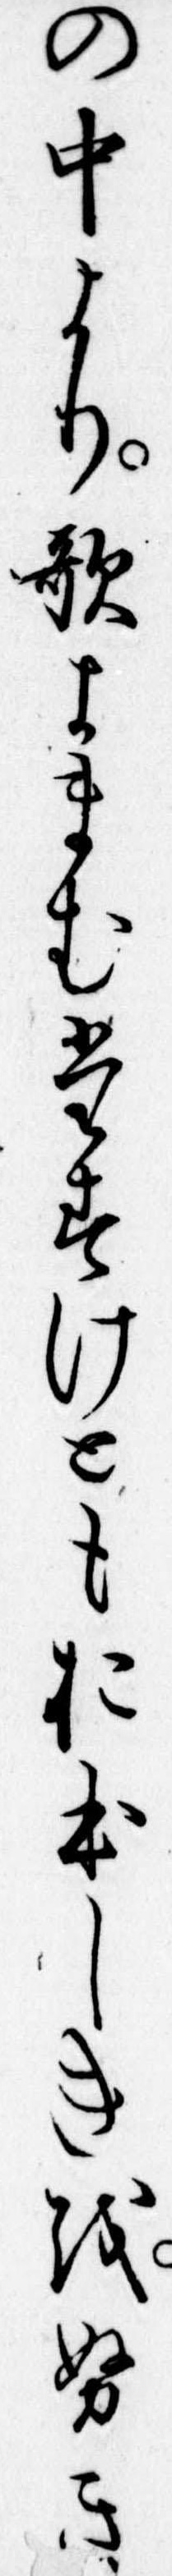
の中より歌よまむたすけともおほしきをぬき